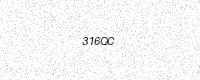
Text: 316QC